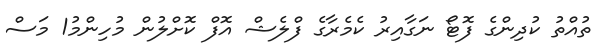
ތުއްތު ކުދިންގެ ފޮޓޯ ނަގާއިރު ކެމެރާގެ ފްލެޝް އޮފް ކޮށްލުން މުހިންމު1 މަސް